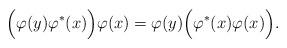
LaTeX: \begin{align*}\Bigl(\varphi(y) \varphi ^*(x) \Bigl)\varphi(x) = \varphi (y) \Bigl(\varphi^* (x) \varphi (x)\Bigl) . \end{align*}